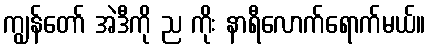
ကျွန်တော် အဲဒီကို ည ကိုး နာရီလောက်ရောက်မယ်။